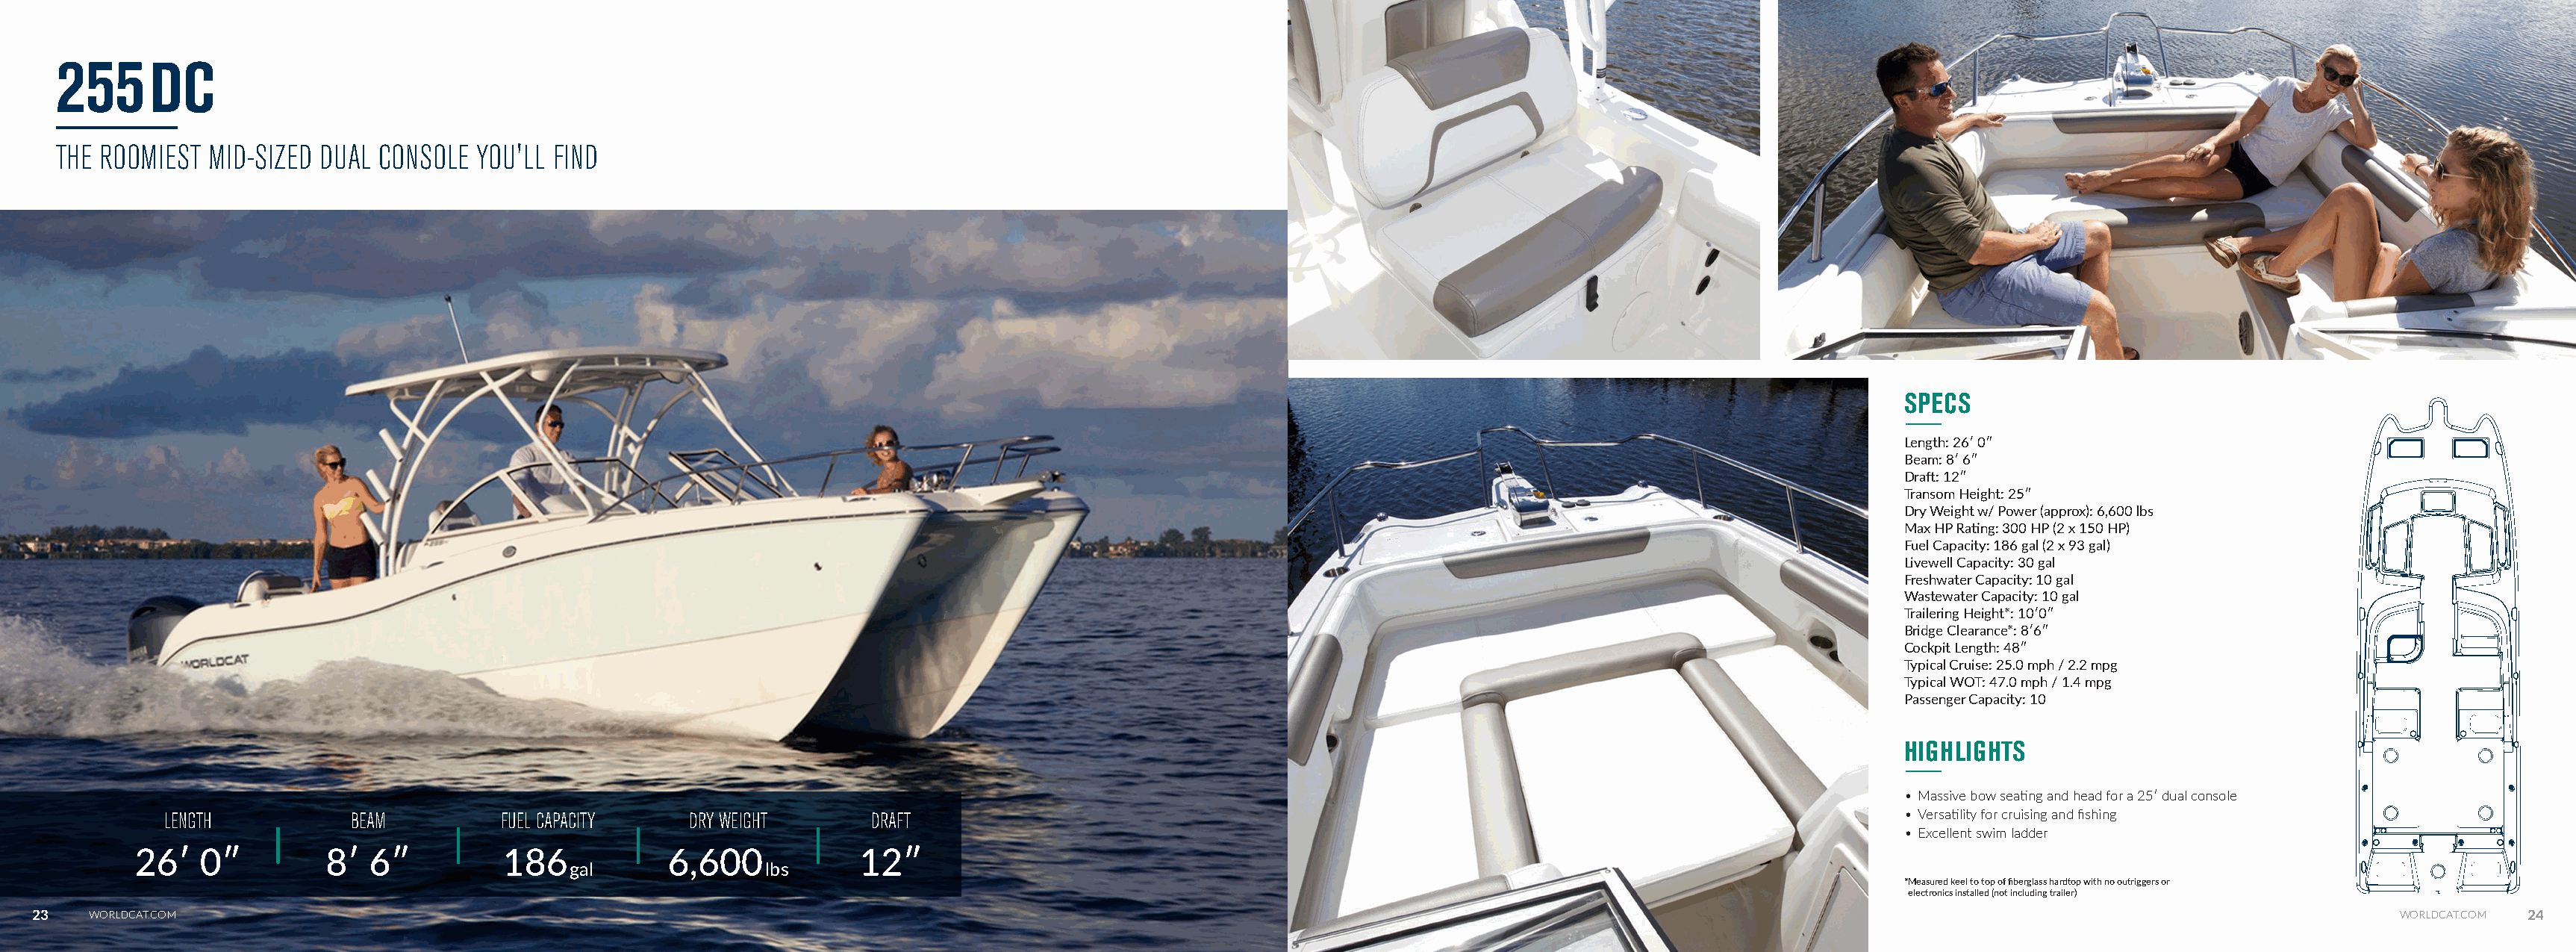
255DC
 THE ROOMIEST MID-SIZED DUAL  CONSOLE YOU'LL FIND
 SPECS
 Length: 26ʹ 0ʺ
 Beam: 8ʹ 6ʺ
 Draft: 12ʺ
 Transom Height: 25ʺ
 Dry Weight w/ Power (approx): 6,600 lbs
 Max HP Rating: 300 HP (2 x 150 HP)
 Fuel Capacity: 186 gal (2 x 93 gal)
 Livewell Capacity: 30 gal
 Freshwater Capacity: 10 gal
 Wastewater Capacity: 10 gal
 Trailering Height*: 10ʹ0ʺ
 Bridge Clearance*: 8ʹ6ʺ
 Cockpit Length: 48ʺ
 Typical Cruise: 25.0 mph / 2.2 mpg
 Typical WOT: 47.0 mph / 1.4 mpg
 Passenger Capacity: 10
 HIGHLIGHTS
 • Massive bow seating and head for a 25ʹ dual console
 LENGTH          BEAM         FUEL CAPACITY    DRY WEIGHT      DRAFT                                                                                       • Versatility for cruising and fishing
 • Excellent swim ladder
 26ʹ   0ʺ         8ʹ  6ʺ          186           6,600            12ʺ
 gal              lbs
 *Measured keel to top of fiberglass hardtop with no outriggers or
 electronics installed (not including trailer)
 23   WORLDCAT.COM                                                                                                                                                                                                 WORLDCAT.COM 24